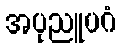
အပုညူပဂံ